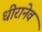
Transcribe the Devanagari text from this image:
धीरानेव